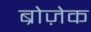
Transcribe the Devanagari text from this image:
ब्रोज़ेक